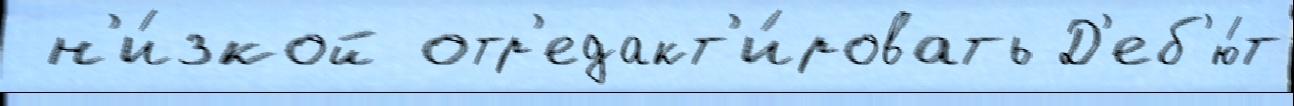
 н'и́зкой отр'едакт'и́ровать Д'еб'ю́т